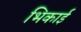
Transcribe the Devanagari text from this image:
भिकाई